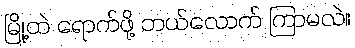
မြို့ထဲ ရောက်ဖို့ ဘယ်လောက် ကြာမလဲ။